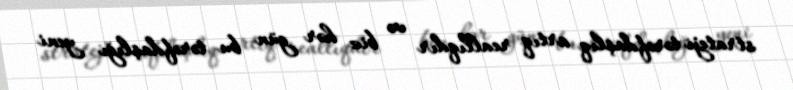
strateji tərəfdaşlıq artıq reallıqdır və biz hər gün bu tərəfdaşlığı yeni